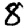
Digit: 8